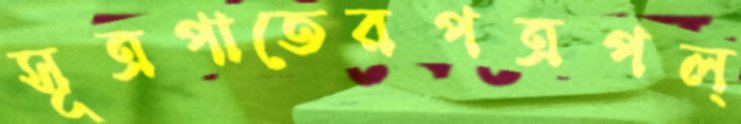
সূত্রপাতেরপত্রপল্